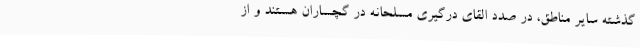
گذشته سایر مناطق، در صدد القای درگیری مسلحانه در گچساران هستند و از